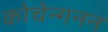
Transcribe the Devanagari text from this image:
कोचेन्गनन